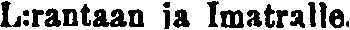
L:rantaan ja Imatralle.